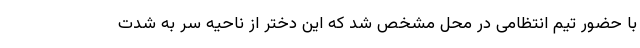
با حضور تیم انتظامی در محل مشخص شد که این دختر از ناحیه سر به شدت